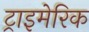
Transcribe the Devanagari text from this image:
ट्राइमेरिक